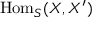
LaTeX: \mathrm { H o m } _ { S } ( X , X ^ { \prime } )